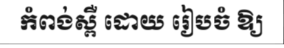
កំពង់ស្ពឺ ដោយ រៀបចំ ឱ្យ